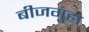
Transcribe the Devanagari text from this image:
बीजगुहा